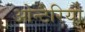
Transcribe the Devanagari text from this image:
ओन्टैरियो